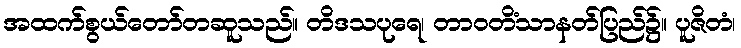
အထက်စွယ်တော်တဆူသည်။ တိဒသပုရေ၊ တာဝတိံသာနတ်ပြည်၌။ ပူဇိတံ၊